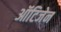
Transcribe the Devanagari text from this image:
ऑटिजेन